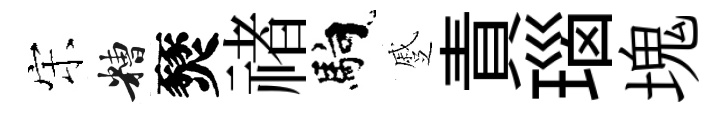
宋糟燹禇馿蹙責瑙塊